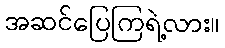
အဆင်ပြေကြရဲ့လား။